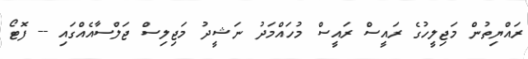
ރައްޔިތުން މަޖިލީހުގެ ރައީސް ރައީސް މުހައްމަދު ނަޝީދު މަޖިލިސް ޖަލްސާއެއްގައި -- ފޮޓޯ